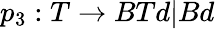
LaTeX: p_{3}:T\rightarrow BTd|Bd